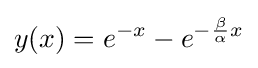
y(x)=e^{-x}-e^{-{\frac {\beta }{\alpha }}x}